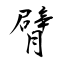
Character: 臂